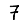
Digit: 7